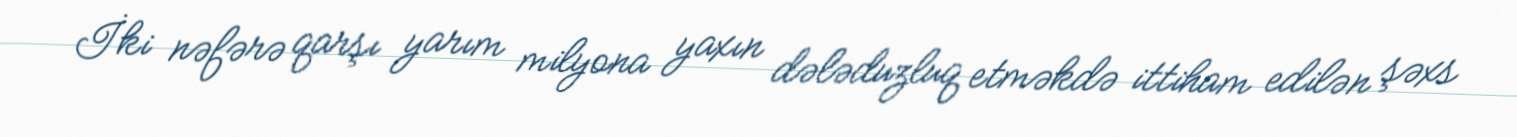
İki nəfərə qarşı yarım milyona yaxın dələduzluq etməkdə ittiham edilən şəxs